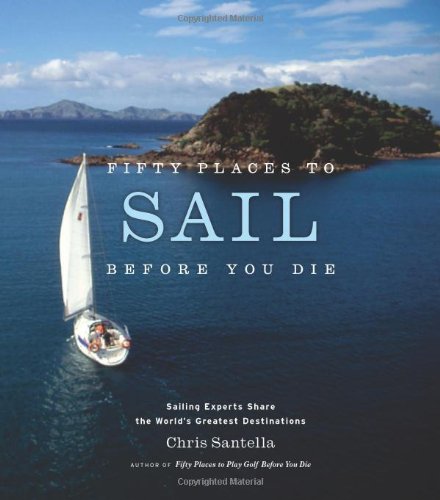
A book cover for Fifty Places to Sail Before You Die: Sailing Experts Share the World's Greatest Destinations; Chris Santella; Sports & Outdoors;